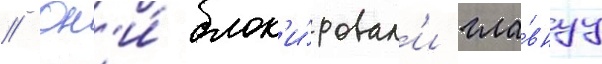
// Он'и́ блок'и́ровал'и гла́внуу